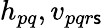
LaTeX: {h}_{pq},{v}_{pqr\mathsf{s}}